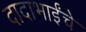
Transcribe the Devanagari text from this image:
दादाभाईंचे